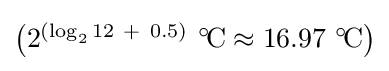
{\textstyle {\bigl (}2^{(\log _{2}12\ +\ 0.5)}\ ^{\circ }\!\mathrm {C} \approx 16.97\ ^{\circ }\!\mathrm {C} {\bigr )}}